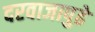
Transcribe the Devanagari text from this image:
दरवाजापुढे